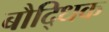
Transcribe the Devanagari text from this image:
बौदि्धक